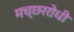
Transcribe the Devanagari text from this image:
मच्छररोधी